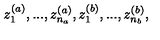
z _ { 1 } ^ { ( a ) } , . . . , z _ { n _ { a } } ^ { ( a ) } , z _ { 1 } ^ { ( b ) } , . . . , z _ { n _ { b } } ^ { ( b ) } ,